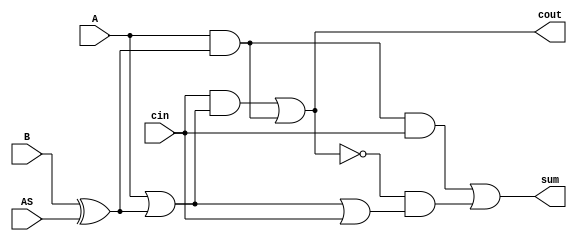
//
// EECE 479: Project Verilog File: addsub.v
//
// Single Addition/Subtraction Cell
//
// Names:  Steve Novakovic, Marc Lejay
// Number:  13305081, 47593108
//

module addsub( sum,
               cout,
               A,
               B,
               cin,
               AS); // ~AS = add, AS = subtract
                
output sum;
output cout;
input A;
input B;
input cin;
input AS;

wire coutb;
assign cout = ~coutb;

wire Bx;
assign Bx = B ^ AS;

wire sumb;
assign sum = ~sumb;

assign coutb = ~((cin & (A | Bx)) | (A & Bx));

assign sumb = ~((A & Bx & cin) | (coutb & (A | Bx | cin)));

endmodule